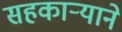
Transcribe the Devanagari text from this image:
सहकार्‍याने